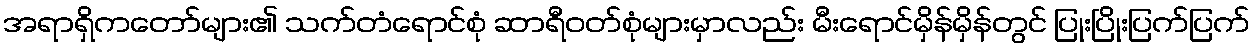
အရာရှိကတော်များ၏ သက်တံရောင်စုံ ဆာရီဝတ်စုံများမှာလည်း မီးရောင်မှိန်မှိန်တွင် ပြုးပြိုးပြက်ပြက်